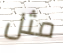
مثل